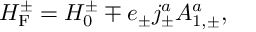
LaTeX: { \cal H } _ { \mathrm { F } } ^ { \pm } = { \cal H } _ { 0 } ^ { \pm } \mp e _ { \pm } j _ { \pm } ^ { a } A _ { 1 , \pm } ^ { a } ,